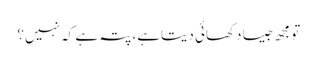
تو مجھ جیسا دکھائی دیتاہے، پتہ ہے کہ نہیں؟